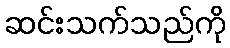
ဆင်းသက်သည်ကို